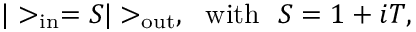
| > _ { \mathrm { i n } } = S | > _ { \mathrm { o u t } } , ~ ~ \mathrm { w i t h } ~ ~ S = 1 + i T ,